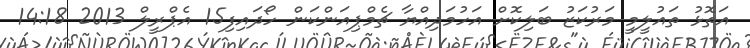
އަތޮޅު ތައުލީމީ މަރުކަޒު ބަލިކޮށް އަހުމަދިއްޔާ ޗެމްޕިއަންކަން ހޯދައިފި15 އެޕްރީލް 2013 14:18